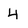
Character: 4